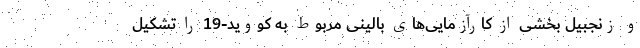
و زنجبیل بخشی از کارآزمایی‌های بالینی مربوط به کووید-19 را تشکیل